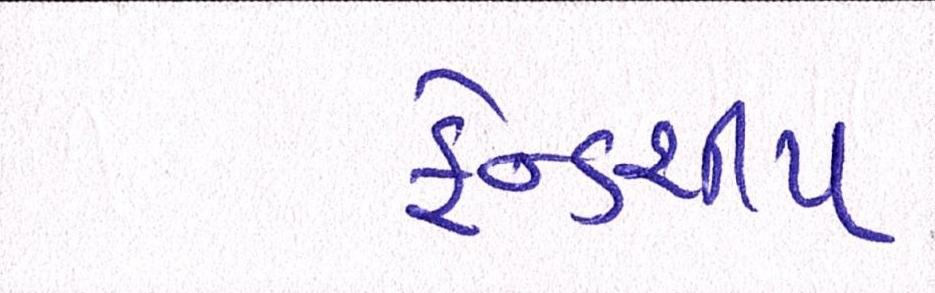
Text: ફ્રેન્ડશીપ